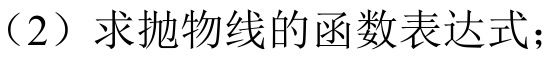
（2）求抛物线的函数表达式；